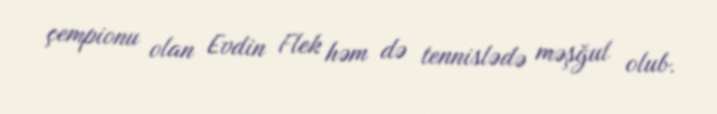
çempionu olan Evdin Flek həm də tennislədə məşğul olub.